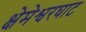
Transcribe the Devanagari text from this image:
क्षेमेश्वरघाट